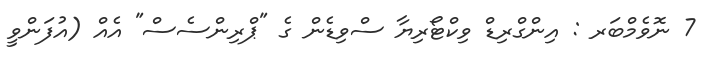
7 ނޮވެމްބަރ : އިންގްރިޑް ވިކްޓޯރިޔާ ސްވިޑެން ގެ "ޕްރިންސެސް" އެއް (އުފަންވީ